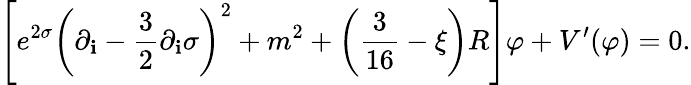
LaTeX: \left[e^{2\sigma}\left(\partial_{\mathbf{i}}-\frac{{3}}{{2}}\partial_{\mathbf{i}}\sigma\right)^{2}+m^{2}+\left(\frac{{3}}{{16}}-\xi\right)R\right]\varphi+V^{\prime}(\varphi)=0.